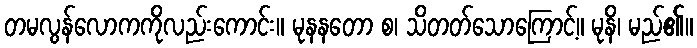
တမလွန်လောကကိုလည်းကောင်း။ မုနနတော စ၊ သိတတ်သောကြောင့်။ မုနိ၊ မည်၏။